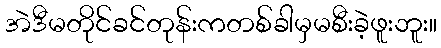
အဲဒီမတိုင်ခင်တုန်းကတစ်ခါမှမစီးခဲ့ဖူးဘူး။